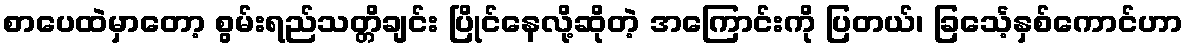
စာပေထဲမှာတော့ စွမ်းရည်သတ္တိချင်း ပြိုင်နေလို့ဆိုတဲ့ အကြောင်းကို ပြတယ်၊ ခြင်္သေ့နှစ်ကောင်ဟာ